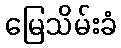
မြေသိမ်းခံ